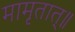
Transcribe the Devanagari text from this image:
मामृतात्॥